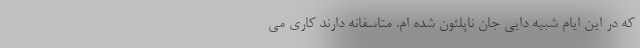
که در این ایام شبیه دایی جان ناپلئون شده ام. متاسفانه دارند کاری می